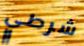
شرطي